Vaccination in Bombay 1924-1928 - 1924-1928
Year: 1924
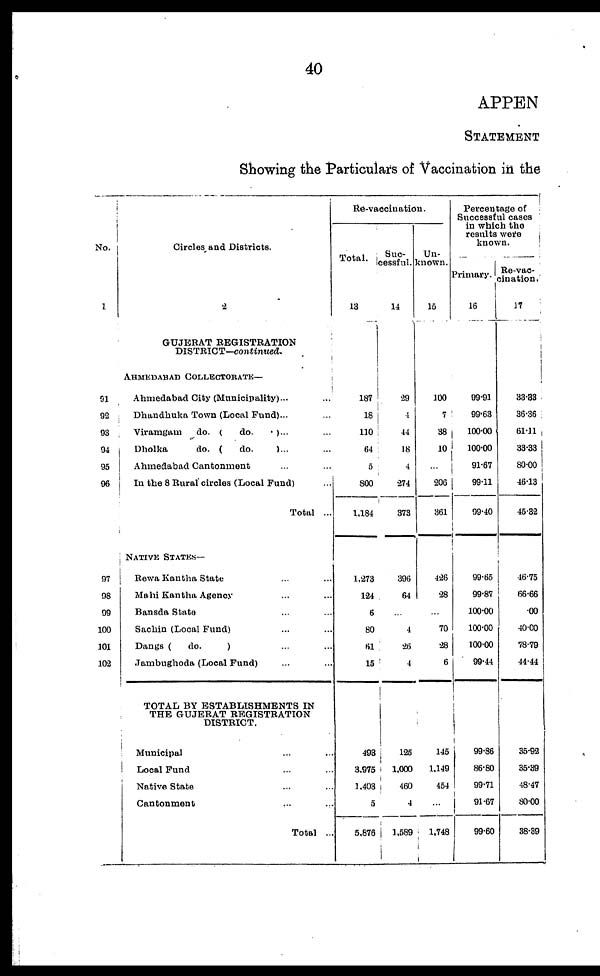
40
APPEN
STATEMENT
Showing the Particulars of Vaccination in the
No.
1
91
92
93
94
95
96
97
98
99
100
101
102
Circles, and Districts.
2
GUJERAT REGISTRATION
DISTRICT—continued.
AHMEDABAD COLLECTORATE—
Ahmedabad City (Municipality)... ...
Dhandhuka Town (Local Fund)... ...
Viramgam
do. (
do.
. )... ...
Dholka
do. (
do.
)... ...
Ahmedabad Cantonment ... ...
In the 8 Rural circles (Local Fund) ...
Total ...
NATIVE STATES—
Rewa Kantha State ... ... ...
Mahi Kantha Agency ... ...
Bansda State ...
Sachin (Local Fund) ... ...
Dangs (
do.
) ... ...
Jambughoda (Local Fund) ... ...
TOTAL BY ESTABLISHMENTS IN
THE GUJERAT REGISTRATION
DISTRICT.
Municipal ... ...
Local Fund ... ...
Native State ... ...
Cantonment ... ...
Total ...
Re-vaccination.
Total.
13
187
18
110
64
5
800
1,184
1,273
124
6
80
61
15
493
3,975
1,403
5
5,876
Suc-
cessful.
14
29
4
44
18
4
274
373
396
64
...
4
26
4
125
1,000
460
4
1,589
Un-
known.
15
100
7
38
10
...
206
361
426
28
...
70
28
6
145
1,149
454
...
1,748
Percentage of
Successful cases
in which the
results were
known.
Primary.
16
99.91
99.63
100.00
100.00
91.67
99.11
99.40
99.65
99.87
100.00
100.00
100.00
99.44
99.86
86.80
99.71
91.67
99.60
Re-vac-
cination.
17
33.83
36.36
61.11
33.33
80.00
46.13
45.32
46.75
66.66
.00
40.00
78.79
44.44
35.92
35.39
48.47
80.00
38.39